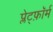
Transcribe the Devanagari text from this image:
प्लेट्फ़ॉर्म